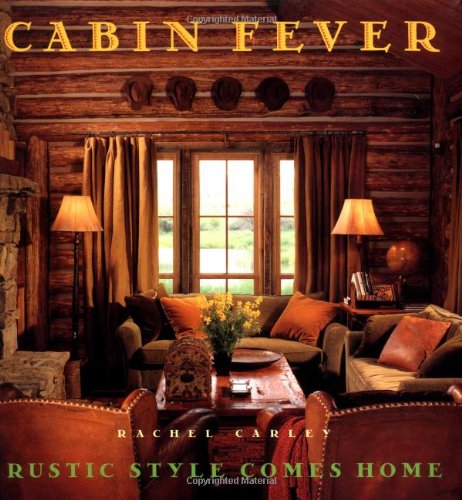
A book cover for Cabin Fever: Rustic Style comes Home; Rachel Carley; Crafts, Hobbies & Home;